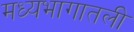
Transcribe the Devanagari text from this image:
मध्यभागातली